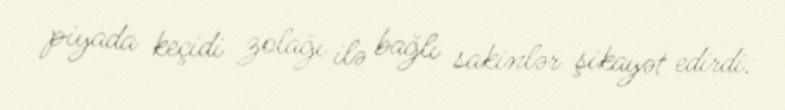
piyada keçidi zolağı ilə bağlı sakinlər şikayət edirdi.